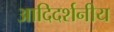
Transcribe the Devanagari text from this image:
आदिदर्शनीय